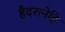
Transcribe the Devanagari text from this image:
हैदरानेहि